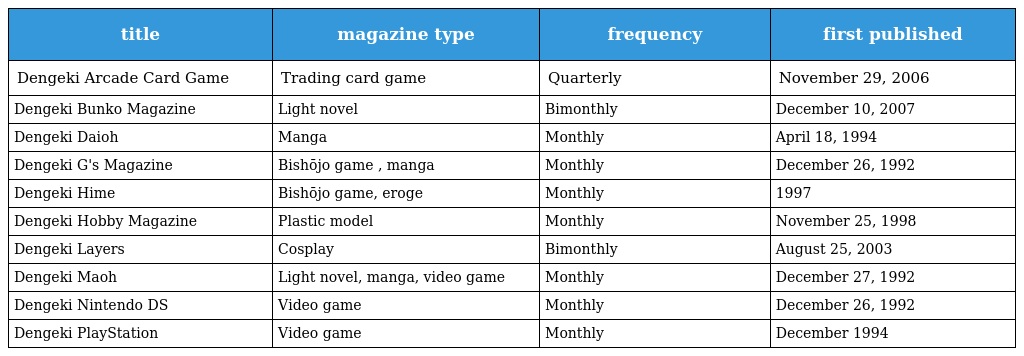
| title | magazine type | frequency | first published |
 | --- | --- | --- | --- |
 | Dengeki Arcade Card Game | Trading card game | Quarterly | November 29, 2006 |
 | Dengeki Bunko Magazine | Light novel | Bimonthly | December 10, 2007 |
 | Dengeki Daioh | Manga | Monthly | April 18, 1994 |
 | Dengeki G's Magazine | Bishōjo game , manga | Monthly | December 26, 1992 |
 | Dengeki Hime | Bishōjo game, eroge | Monthly | 1997 |
 | Dengeki Hobby Magazine | Plastic model | Monthly | November 25, 1998 |
 | Dengeki Layers | Cosplay | Bimonthly | August 25, 2003 |
 | Dengeki Maoh | Light novel, manga, video game | Monthly | December 27, 1992 |
 | Dengeki Nintendo DS | Video game | Monthly | December 26, 1992 |
 | Dengeki PlayStation | Video game | Monthly | December 1994 |